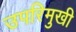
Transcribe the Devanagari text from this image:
उपरिमुखी